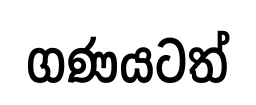
ගණයටත්